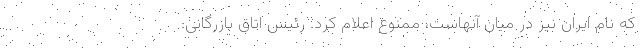
که نام ایران نیز در میان آنهاست، ممنوع اعلام کرد. رئیس اتاق بازرگانی: